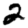
Digit: 2